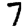
Digit: 7